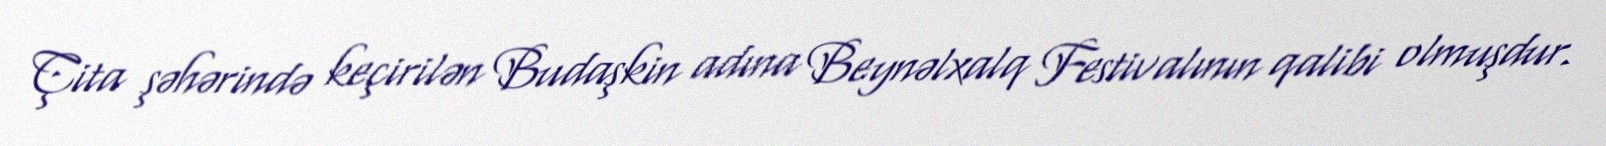
Çita şəhərində keçirilən Budaşkin adına Beynəlxalq Festivalının qalibi olmuşdur.